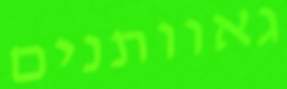
גאוותנים